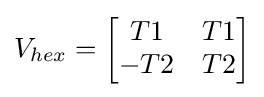
V_{hex}={\begin{bmatrix}T1&T1\\-T2&T2\end{bmatrix}}